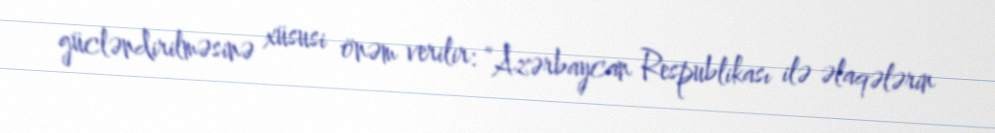
gücləndirilməsinə xüsusi önəm verilir: “Azərbaycan Respublikası ilə əlaqələrin